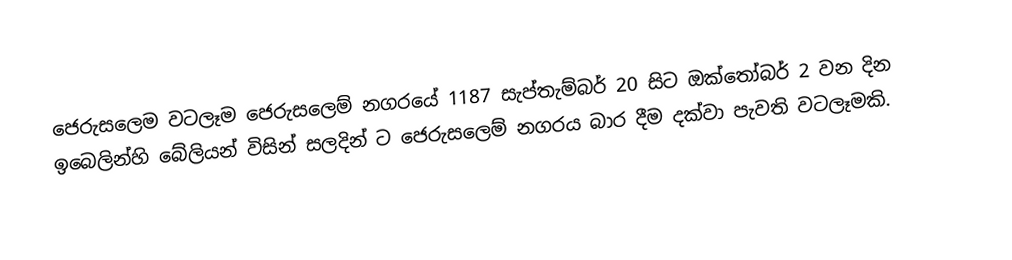
ජෙරුසලෙම වටලෑම ජෙරුසලෙම් නගරයේ 1187 සැප්තැම්බර් 20 සිට ඔක්තෝබර් 2 වන දින ඉබෙලින්හි බේලියන් විසින් සලදින් ට ජෙරුසලෙම් නගරය බාර දීම දක්වා පැවති වටලෑමකි.